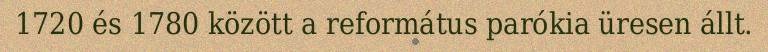
1720 és 1780 között a református parókia üresen állt.